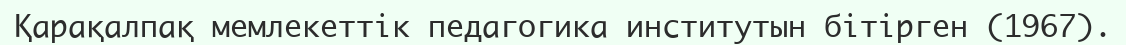
Қарақалпақ мемлекеттік педагогика институтын бітірген (1967).